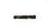
-